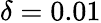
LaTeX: \delta=0.01